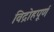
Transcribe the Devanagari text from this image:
विद्रोहपूर्ण